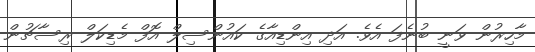
މާހިރުން ވަނީ ބުނެފަ އެވެ. އަދި އިންޑިއާގެ ކައުންސިލް އޮފް މެޑިކަލް ރިސާޗުން